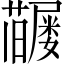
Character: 𡳶